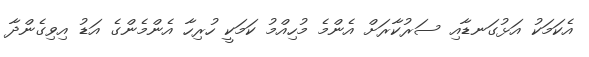
އެކަމަކު އަޅުގަނޑާއި ސަރުކާރަށް އެންމެ މުހިއްމު ކަމަކީ ހުރިހާ އެންމެންގެ އަޑު އިވިގެންދާ